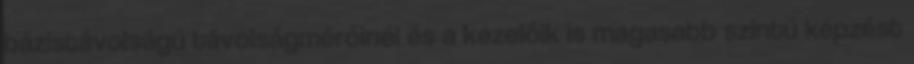
bázistávolságú távolságmérőinél és a kezelőik is magasabb szintű képzést